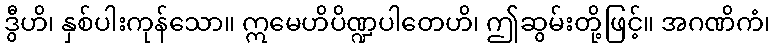
ဒွီဟိ၊ နှစ်ပါးကုန်သော။ ဣမေဟိပိဏ္ဍပါတေဟိ၊ ဤဆွမ်းတို့ဖြင့်။ အဂဏိကံ၊